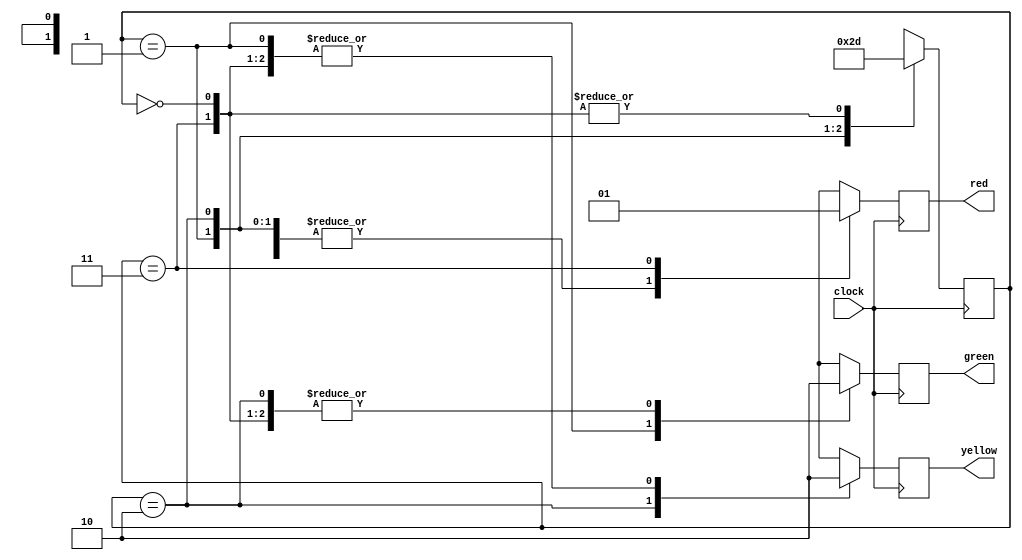
 module traffic_light_controller (
    input clock, // Define input ports clock,
    output reg red, yellow, green // Define output ports red, yellow, and green
);

parameter ST_INIT=2'b00, ST_GREEN=2'b01, ST_YELLOW=2'b10, ST_RED=2'b11;

reg [1:0] state=ST_INIT;

  always @(posedge clock) begin
    case (state)
            ST_INIT: begin
                state = ST_GREEN; red = 0;
                yellow = 0; green = 0;
            end
            ST_GREEN: begin
                state = ST_YELLOW; red = 0;
                yellow = 0; green = 1;
            end
            ST_YELLOW: begin
                state = ST_RED; red = 0;
                yellow = 1; green = 0;
            end
            ST_RED: begin
                state = ST_GREEN; red= 1;
                yellow = 0; green = 0;
            end
            default: state = ST_INIT;
    endcase
end

endmodule